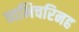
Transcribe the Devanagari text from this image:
व्यभिचरिनह